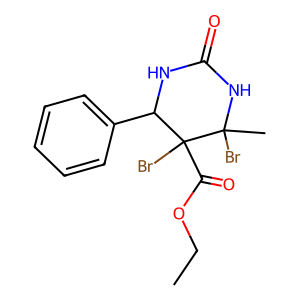
SMILES: CCOC(=O)C1(Br)C(c2ccccc2)NC(=O)NC1(C)Br
Inhibits HIV replication: No